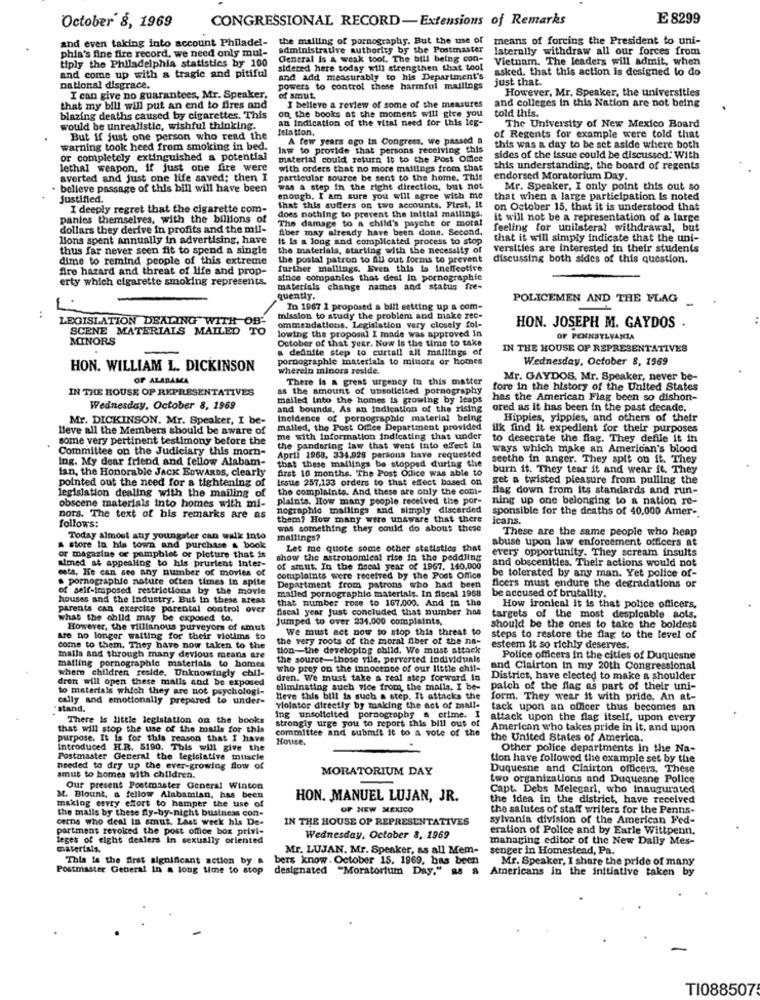
CONGRESSIONAL RECORD-Extensions of Remarks
£ 8299
October 8, 1969
and even taking into account Philadel-
the mailing of pornography. But the use of
means of forcing the President to uni-
administrative authority by the Postmaster
laterally withdraw all our forces from
phia's fine fire record, we need only mul-
tiply the Philadelphia statistics by 100
Central Is A weak tool. The bill being con-
Vietnam. The leaders will admit, when
sidered here today will strengthen that tool
asked. that this action is designed to do
and come up with a tragic and pitiful
and add measurably to his Department's
just that.
national disgrace.
powers to control these harmful mailings
However, Mr. Speaker, the universities
I can give no guarantees, Mr. Speaker.
of smut.
and colleges In this Nation are not being
that my bill will put an end to fires and
I belleve a review of some of the measures
told this.
blazing deaths caused by cigarettes. This
an Indication of the vital need for this leg-
on the books at the moment will give you
would be unrealistic, wishful thinking.
Isiation.
of Regents for example were told that
The University of New Mexico Board
But if just one person who read the
A few years ago in Congress, we passed a
warning took heed from smoking in bed.
law to provide that persons receiving this
this was a day to be set aside where both
or completely extinguished a potential
material could return it to the Post Office
sides of the issue could be discussed: With
lethal weapon, if just one fire were
with orders that no more mailings from that
this understanding, the board of regents
averted and just one life saved; then I
particular source be sent to the home. This
endorsed Moratorium Day.
believe passage of this bill will have been
was a step in the right direction, but not
Mr. Speaker, I only point this out so
justified.
enough, I am sure you will agree with me
that when a large participation is noted
I deeply regret that the cigarette com-
that this suffers on two accounts. First, It
on October 15, that it is understood that
pantes themselves, with the billions of
does nothing to prevent the initial mailings.
The damage to a child's psyche or moral
it will not be a representation of a large
dollars they derive in profits and the mil-
Aber may already have been done. Second,
feeling for unilateral withdrawal, but
lions spent annually in advertising, have
it is a long and complicated process to stop
that it will simply indicate that the uni-
thus far never seen fit to spend a single
the materials, starting with the necessity of
versities are interested in their students
dime to remind people of this extreme
the postal patron to All out forms to prevent
discussing both sides of this question.
Are hazard and threat of life and prop-
further mallings. Even this is ineffective
erty which cigarette smoking represents.
since companies that deal in pornographie
materials change names and status fre-
quently.
POLICEMEN AND THE FLAG
:
In 1967 1 proposed a bill setting up a com-
LEGISLATION DEALING WITH
mission to study the problem and minke rec-
SCENE MATERIALS MAILED TO
ommendations. Legislation very closely fol-
lowing the proposal I made was approved in
HON. JOSEPH M. GAYDOS .
MINORS
October of that year. Now Is the time to take
OF PENNSYLVANIA
a definite step to curtall all mallings of
IN THE HOUSE OF REPRESENTATIVES
pornographie materials to minors or homes
Wednesday, October 8, 1969
HON. WILLIAM L. DICKINSON
wherein minors reside.
OF ALABAMA
There Is a great urgency fu this matter
Mr. GAYDOS, Mr. Speaker, never be-
IN THE HOUSE OF REPRESENTATIVES
as the amount of unsolicited pornography
fore in the history of the United States
mailed Into the homes is growing by leaps
has the American Flag been so dishon-
Wednesday, October 8, 1969
and bounds. As an Indication of the rising
ored as it has been in the past decade.
Mr. DICKINSON. Mr. Speaker, I be-
Incidence of pornographic material being
Hippies, yippies, and others of their
leve all the Members should be aware of
malled, the Post Office Department provided
ilk find it expedient for their purposes
some very pertinent testimony before the
me with information indicating that under
to desecrate the flag. They defile it in
Committee on the Judiciary this morn-
the pandering law that went into effect in
ways which make an American's blood
Ing. My dear friend and fellow Alabam-
April 1968, 334.928 parsons have requested
that these mallings be stopped during the
seethe in anger. They spit on it. They
ian, the Honorable JACK EDWARDS, clearly
Arst 10 months. The Post Office was able to
burn it. They tear it and wear it. They
pointed out the need for a tightening of
Issue 257,133 orders to that effect based on
get a twisted pleasure from pulling the
the complaints. And these are only the com-
flag down from Its standards and run-
legislation dealing with the mailing
plaints. How many people received the por-
ning up one belonging to & nation re-
obscene materials into homes with mi-
nographie mailings and simply discarded
sponsible for the deaths of 40,000 Amer -.
nors. The text of his remarks are as
them? How many were unaware that there
icans.
follow's:
was something they could do about these
These are the same people who heap
Today almost any youngster can walk into
mailings?
abuse upon law enforcement officers at
store In his town and purchase & book
Let me quote some other statistics that
every opportunity. They scream insults
or magazine of pamphlet or picture that is
almed at appealing to his prurient inter-
show the astronomical rise in the peddling
and obscenities. Their actions would not
esta. He can see any number of movies of
of smut. In the fiscal year of 1967. 140.000
pornographie nature often times in spite
complaints were received by the Post Office
be tolerated by any man. Yet police of-
of self-imposed restrictions by the movie
Department from patrons who had been
mailed pornographie materials. In fiscal 1968
ficers must endure the degradations or
be accused of brutality.
houses and the Industry. But in these areas
that number rose to 167.000. And in the
parents can exercice parental control over
fiscal year Just concluded that number has
How ironical it is that police officers,
whas the child may be exposed to.
Jumped to over 234.000 complaints,
targets of the most despicable aots,
However, the villinnous purveyors of smut
We must act now to stop this threat to
should be the ones to take the boldest
Are no longer waiting for their victims to
the very roots of the moral fiber of the na-
steps to restore the flag to the level of
come to them. They have now taken to the
tion-the developing child. We must attack
esteem it so richly deserves.
malling pornographic materials to homes
mails and through many devious means are
the source-those yile, perverted individuale
Police officers in the cities of Duquesne
where children reside. Unknowingly chil-
who prey on the innocence of our little chil-
and Clairton in my 20th Congressional
dren will open these malls and be exposed
dren. We must take a real step forward in
District, have elected to make a shoulder
to materials which they are not psychologi-
eliminating such vice from, the malla. I be-
palch of the flag as part of their uni-
cally and emotionally prepared to under-
Heve this bill is such a step. It attacks the
form. They wear it with pride. An at-
stand.
violator directly by making the act of mall-
tack upon an officer thus becomes an
There is little legislation on the books
strongly urge you to report this bill out of
ing unsolicited pornography a crime. I
attack upon the flag itself, upon every
that will stop the use of the mails for this
committee and submit it to a vote of the
American who takes pride in It, and upon
purpose. It is for this reason that I have
House.
the United States of America.
Introduced H.R. 5190. This will give the
Other police departments in the Na-
Postmaster General the legislative muscle
tion have followed the example set by the
needed to dry up the ever-growing flow of
MORATORIUM DAY
Duquesne and Clairton officers. These
amut to homes with children.
two organizations and Duquesne Police
Our present Postmaster General Winton
Capt. Debs Melegari, who inaugurated
M. Blount, a fellow Alabamian, has been
making esvry effort to hamper the use of
HON. MANUEL LUJAN, JR.
the Idea in the district, have received
the malls by these fly-by-night business con-
OF NEW MEXICO
the salutes of staff writers for the Penns-
cerna who deal in smut. Last week his De-
IN THE HOUSE OF REPRESENTATIVES
sylvania division of the American Fed-
partment revoiced the post office box privi-
eration of Police and by Earle Wittpenn.
leges of eight dealers in sexually oriented
Wednesday, October 8, 1969
managing editor of the New Dally Mes-
materials.
Mr. LUJAN. Mr. Speaker, as all Mem-
senger in Homestead, Pa.
This is the first significant action by a
bers know. October 15. 1969, bas been
Mr. Speaker, I share the pride of many
Postmaster General in a long time to stop
designated "Moratorium Day," a8 8
Americans in the initiative taken by
TI088507